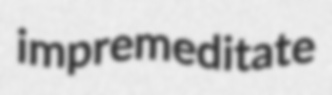
impremeditate